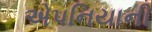
એપનિયાની